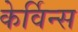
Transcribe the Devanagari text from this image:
केर्विन्स